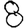
Digit: 8